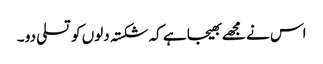
اس نے مجھے بھیجا ہے کہ شکستہ دلوں کو تسلی دو ۔